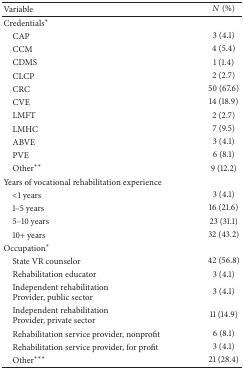
| Variable | N (%) |
 | --- | --- |
 | Credentials∗ |  |
 | CAP | 3 (4.1) |
 | CCM | 4 (5.4) |
 | CDMS | 1 (1.4) |
 | CLCP | 2 (2.7) |
 | CRC | 50 (67.6) |
 | CVE | 14 (18.9) |
 | LMFT | 2 (2.7) |
 | LMHC | 7 (9.5) |
 | ABVE | 3 (4.1) |
 | PVE | 6 (8.1) |
 | Other∗∗ | 9 (12.2) |
 | Years of vocational rehabilitation experience |  |
 | <1 years | 3 (4.1) |
 | 1–5 years | 16 (21.6) |
 | 5–10 years | 23 (31.1) |
 | 10+ years | 32 (43.2) |
 | Occupation∗ |  |
 | State VR counselor | 42 (56.8) |
 | Rehabilitation educator | 3 (4.1) |
 | Independent rehabilitationProvider, public sector | 3 (4.1) |
 | Independent rehabilitationProvider, private sector | 11 (14.9) |
 | Rehabilitation service provider, nonprofit | 6 (8.1) |
 | Rehabilitation service provider, for profit | 3 (4.1) |
 | Other∗∗∗ | 21 (28.4) |